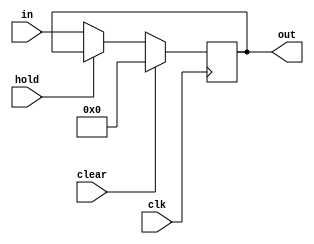
`timescale 1ns / 1ps

module register(
    clk, clear, hold, in, out);
	parameter size = 32;
	input [size-1:0] in;
	input clk, clear,hold;
	output reg [size-1:0] out;
	
	always@(posedge clk)
	begin
		if(clear)
			out = {size{1'b0}};
		else if(hold)
			out = out;
		else 
			out = in;
	end
	
endmodule